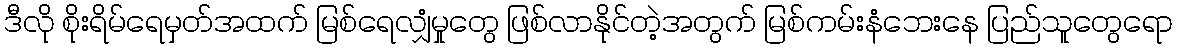
ဒီလို စိုးရိမ်ရေမှတ်အထက် မြစ်ရေလျှံမှုတွေ ဖြစ်လာနိုင်တဲ့အတွက် မြစ်ကမ်းနံဘေးနေ ပြည်သူတွေရော